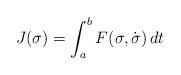
LaTeX: \begin{align*}J(\sigma) = \int_a^b F(\sigma,\dot\sigma)\,dt \end{align*}